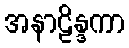
အနာဠိန္ဒကာ